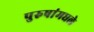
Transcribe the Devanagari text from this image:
पुरुषांमधले